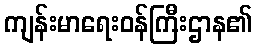
ကျန်းမာရေးဝန်ကြီးဌာန၏